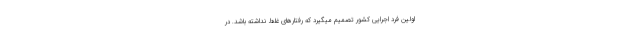
اولین فرد اجرایی کشور تصمیم میگیرد که رفتارهای غلط نداشته باشد. در